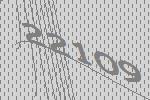
22109